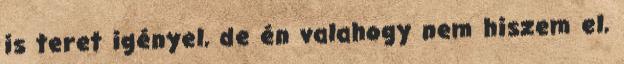
is teret igényel, de én valahogy nem hiszem el,